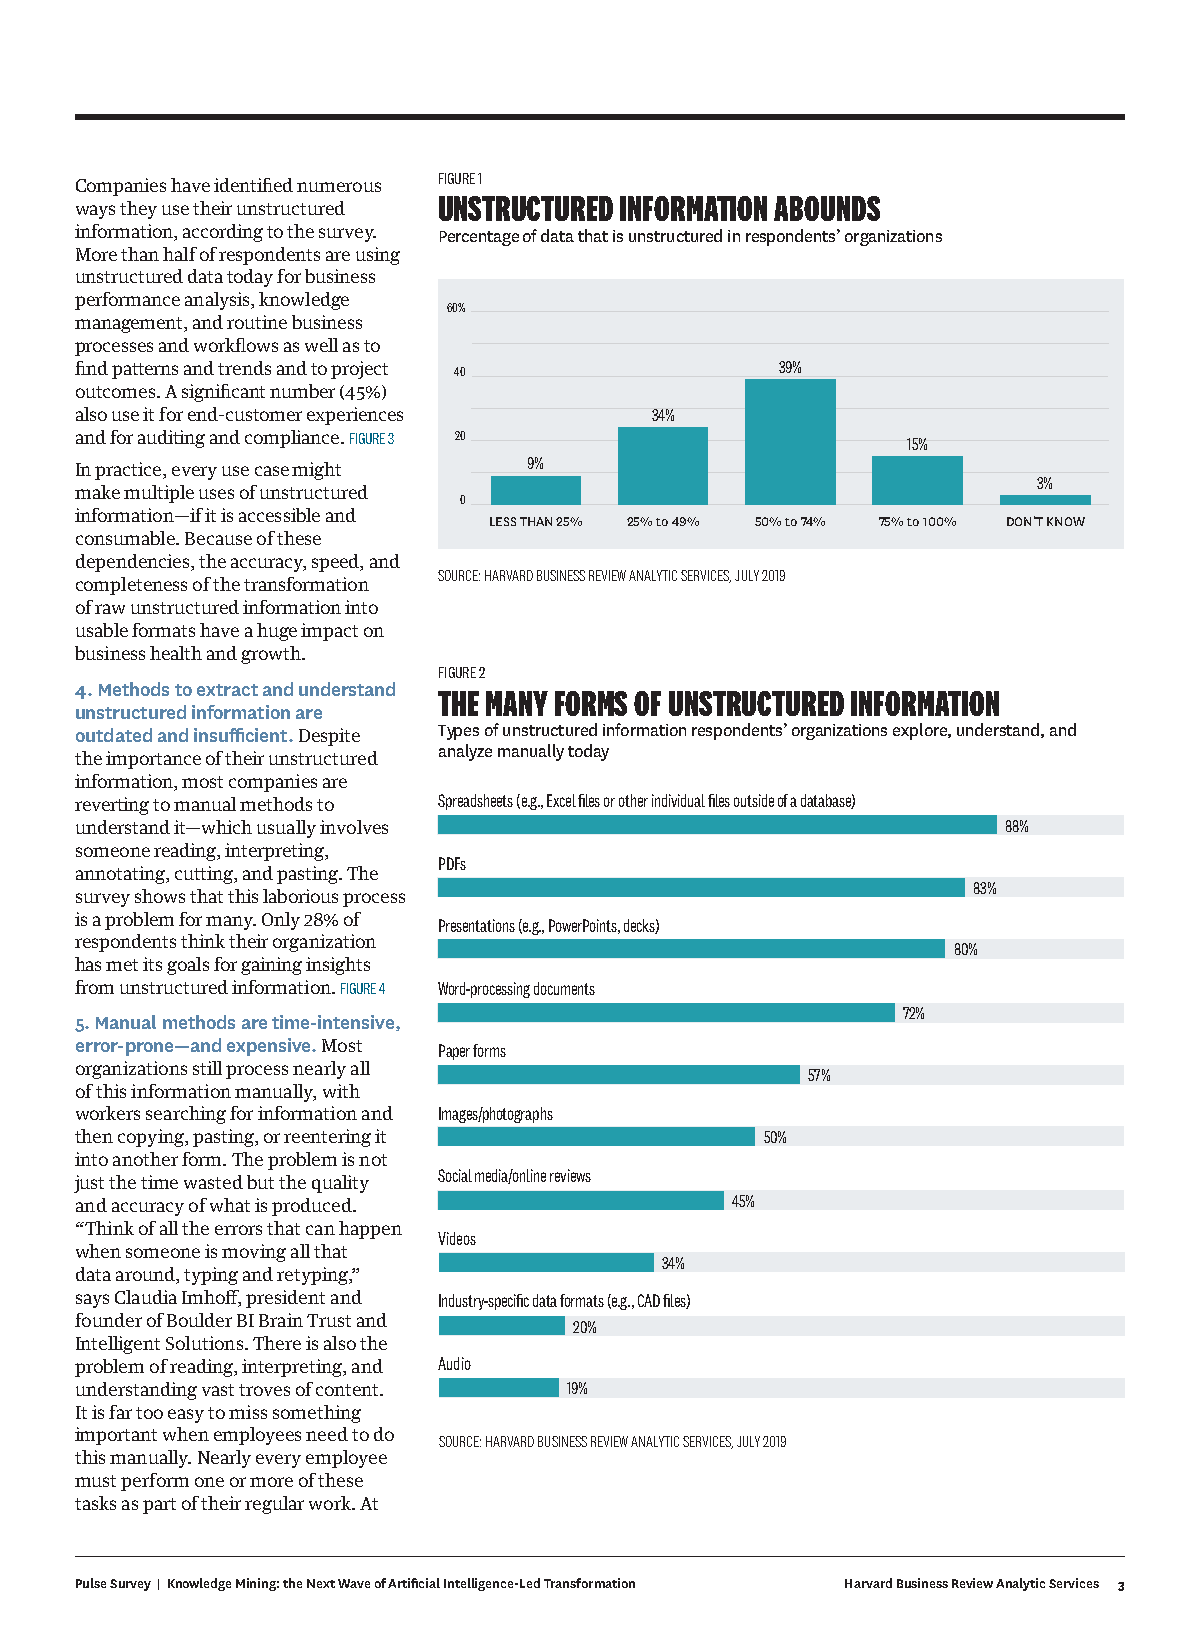
FIGURE 1
 Companies have identified numerous
 UNSTRUCTURED INFORMATION ABOUNDS
 ways they use their unstructured
 information, according to the survey. Percentage of data that is unstructured in respondents’ organizations
 More than half of respondents are using
 unstructured data today for business
 performance analysis, knowledge
 60%
 management, and routine business
 processes and workflows as well as to
 find patterns and trends and to project 40     39%
 outcomes. A significant number (45%)
 also use it for end-customer experiences 34%
 and for auditing and compliance. FIGURE 3 20           15%
 9%
 In practice, every use case might
 3%
 make multiple uses of unstructured
 0
 information—if it is accessible and LESS THAN 25% 25% to 49% 50% to 74% 75% to 100% DON’T KNOW
 consumable. Because of these
 dependencies, the accuracy, speed, and
 SOURCE: HARVARD BUSINESS REVIEW ANALYTIC SERVICES, JULY 2019
 completeness of the transformation
 of raw unstructured information into
 usable formats have a huge impact on
 business health and growth.
 FIGURE 2
 4. Methods to extract and understand THE MANY FORMS OF UNSTRUCTURED INFORMATION
 unstructured information are
 outdated and insufficient. Despite Types of unstructured information respondents’ organizations explore, understand, and
 analyze manually today
 the importance of their unstructured
 information, most companies are
 reverting to manual methods to Spreadsheets (e.g., Excel files or other individual files outside of a database)
 understand it—which usually involves                          88%
 someone reading, interpreting,
 PDFs
 annotating, cutting, and pasting. The
 83%
 survey shows that this laborious process
 is a problem for many. Only 28% of Presentations (e.g., PowerPoints, decks)
 respondents think their organization                      80%
 has met its goals for gaining insights
 from unstructured information. FIGURE 4 Word-processing documents
 72%
 5. Manual methods are time-intensive,
 error-prone—and expensive. Most Paper forms
 organizations still process nearly all           57%
 of this information manually, with
 workers searching for information and Images/photographs
 then copying, pasting, or reentering it       50%
 into another form. The problem is not
 Social media/online reviews
 just the time wasted but the quality
 45%
 and accuracy of what is produced.
 “Think of all the errors that can happen
 Videos
 when someone is moving all that
 34%
 data around, typing and retyping,”
 says Claudia Imhoff, president and Industry-specific data formats (e.g., CAD files)
 founder of Boulder BI Brain Trust and 20%
 Intelligent Solutions. There is also the
 problem of reading, interpreting, and Audio
 understanding vast troves of content. 19%
 It is far too easy to miss something
 important when employees need to do SOURCE: HARVARD BUSINESS REVIEW ANALYTIC SERVICES, JULY 2019
 this manually. Nearly every employee
 must perform one or more of these
 tasks as part of their regular work. At
 Pulse Survey | Knowledge Mining: the Next Wave of Artificial Intelligence-Led Transformation Harvard Business Review Analytic Services 3